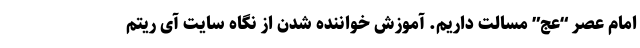
امام عصر “عج” مسالت داریم. آموزش خواننده شدن از نگاه سایت آی ریتم